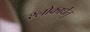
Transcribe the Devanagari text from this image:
श्लोकार्धेतु